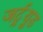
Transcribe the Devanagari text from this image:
जर्ट्र्यूड